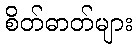
စိတ်ဓာတ်များ